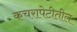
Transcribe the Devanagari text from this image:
कचरापेटीतील